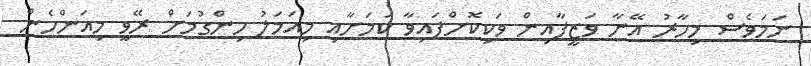
ނަމަވެސް މިހާރު އޭނާ ވަޒީފާއިން ވަކިކޮށްފައިވާ ކަމަށާއި މިއަމަލު ހިންގުމަށް ރޭވީ މިއަންހެން